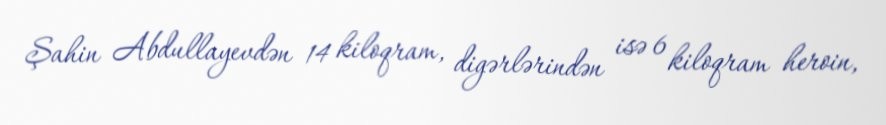
Şahin Abdullayevdən 14 kiloqram, digərlərindən isə 6 kiloqram heroin,